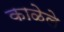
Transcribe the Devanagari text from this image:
काळेले